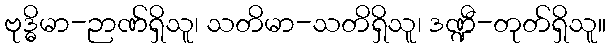
ဗုဒ္ဓိမာ-ဉာဏ်ရှိသူ၊ သတိမာ-သတိရှိသူ၊ ဒဏ္ဍီ-တုတ်ရှိသူ။